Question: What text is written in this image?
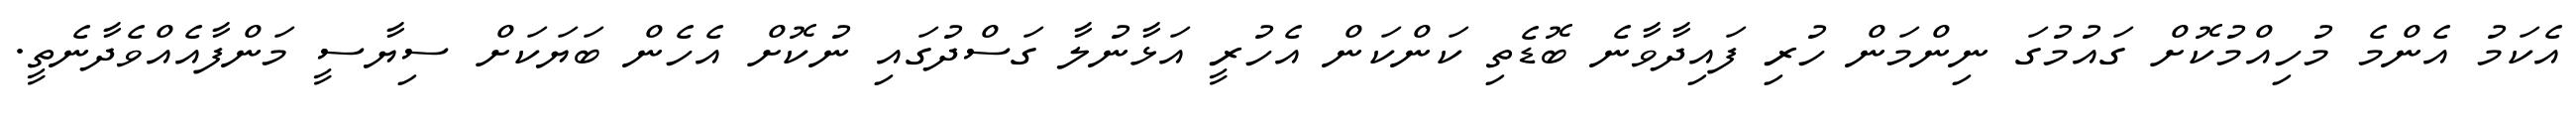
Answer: އެކަމު އެންމެ މުހިއްމުކޮށް ގައުމުގަ ނިންމަން ހުރި ފައިދާވާނެ ބޮޑެތި ކަންކަން އެހުރީ އަޅާނުލާ ގަސްދުގައި ނުކޮށް އެހެން ބަޔަކަށް ސިޔާސީ މަންފާއެއްވެދާނެތީ.